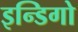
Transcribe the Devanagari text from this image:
इन्डिगो